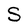
Character: S